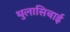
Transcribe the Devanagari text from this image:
थुलासिबाई